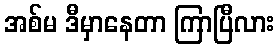
အစ်မ ဒီမှာနေတာ ကြာပြီလား